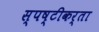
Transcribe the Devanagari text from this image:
स्पष्टीकर्ता